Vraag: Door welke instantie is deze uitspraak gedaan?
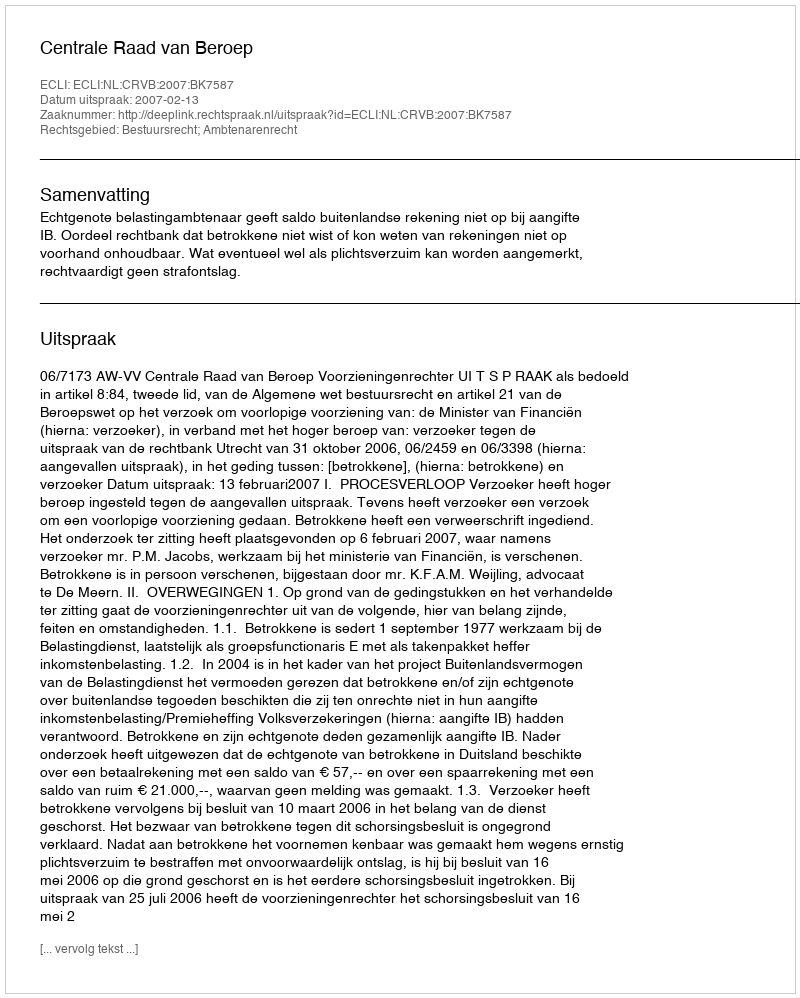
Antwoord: Centrale Raad van Beroep